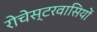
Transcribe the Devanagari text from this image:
रोचेस्टरवासियों